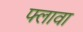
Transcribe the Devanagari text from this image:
फ्लावा